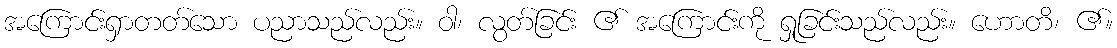
အကြောင်းရှာတတ်သော ပညာသည်လည်း။ ဝါ၊ လွတ်ခြင်း ၏ အကြောင်းကို ရှုခြင်းသည်လည်း။ ဟောတိ၊ ၏။